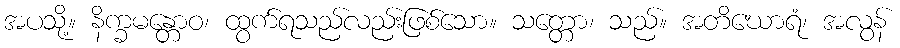
အပသို့။ နိက္ခမန္တောဝ၊ ထွက်ရသည်လည်းဖြစ်သော။ သတ္တော၊ သည်။ အတိဃောရံ၊ အလွန်